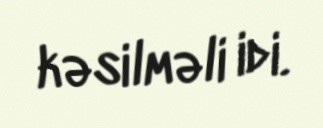
kəsilməli idi.